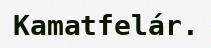
Kamatfelár.